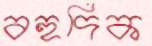
বহুদিক